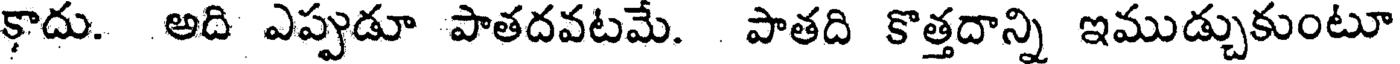
కాదు. అది ఎప్పుడూ పాతదవటమే. పాతది కొత్తదాన్ని ఇముడ్చుకుంటూ